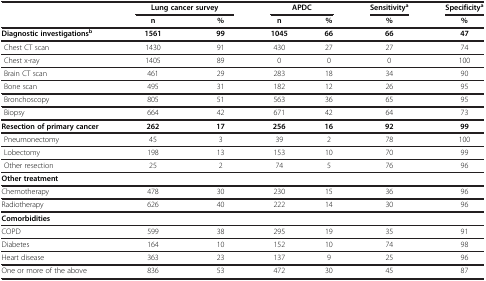
<table><thead><tr><td><b> </b></td><td colspan="2"><b>Lung cancer survey</b></td><td colspan="2"><b>APDC</b></td><td><b>Sensitivity<sup>a</sup></b></td><td><b>Specificity<sup>a</sup></b></td></tr><tr><td><b> </b></td><td><b>n</b></td><td><b>%</b></td><td><b>n</b></td><td><b>%</b></td><td><b>%</b></td><td><b>%</b></td></tr></thead><tbody><tr><td><b>Diagnostic investigations</b><sup><b>b</b></sup></td><td><b>1561</b></td><td><b>99</b></td><td><b>1045</b></td><td><b>66</b></td><td><b>66</b></td><td><b>47</b></td></tr><tr><td> Chest CT scan</td><td>1430</td><td>91</td><td>430</td><td>27</td><td>27</td><td>74</td></tr><tr><td> Chest x-ray</td><td>1405</td><td>89</td><td>0</td><td>0</td><td>0</td><td>100</td></tr><tr><td> Brain CT scan</td><td>461</td><td>29</td><td>283</td><td>18</td><td>34</td><td>90</td></tr><tr><td> Bone scan</td><td>495</td><td>31</td><td>182</td><td>12</td><td>26</td><td>95</td></tr><tr><td> Bronchoscopy</td><td>805</td><td>51</td><td>563</td><td>36</td><td>65</td><td>95</td></tr><tr><td> Biopsy</td><td>664</td><td>42</td><td>671</td><td>42</td><td>64</td><td>73</td></tr><tr><td><b>Resection of primary cancer</b></td><td><b>262</b></td><td><b>17</b></td><td><b>256</b></td><td><b>16</b></td><td><b>92</b></td><td><b>99</b></td></tr><tr><td> Pneumonectomy</td><td>45</td><td>3</td><td>39</td><td>2</td><td>78</td><td>100</td></tr><tr><td> Lobectomy</td><td>198</td><td>13</td><td>153</td><td>10</td><td>70</td><td>99</td></tr><tr><td> Other resection</td><td>25</td><td>2</td><td>74</td><td>5</td><td>76</td><td>96</td></tr><tr><td><b>Other treatment</b></td><td> </td><td> </td><td> </td><td> </td><td> </td><td> </td></tr><tr><td>Chemotherapy</td><td>478</td><td>30</td><td>230</td><td>15</td><td>36</td><td>96</td></tr><tr><td>Radiotherapy</td><td>626</td><td>40</td><td>222</td><td>14</td><td>30</td><td>96</td></tr><tr><td><b>Comorbidities</b></td><td> </td><td> </td><td> </td><td> </td><td> </td><td> </td></tr><tr><td>COPD</td><td>599</td><td>38</td><td>295</td><td>19</td><td>35</td><td>91</td></tr><tr><td>Diabetes</td><td>164</td><td>10</td><td>152</td><td>10</td><td>74</td><td>98</td></tr><tr><td>Heart disease</td><td>363</td><td>23</td><td>137</td><td>9</td><td>25</td><td>96</td></tr><tr><td>One or more of the above</td><td>836</td><td>53</td><td>472</td><td>30</td><td>45</td><td>87</td></tr></tbody></table>